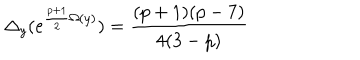
LaTeX: \Delta _ { y } ( e ^ { \frac { p + 1 } { 2 } \Omega ( y ) } ) = \frac { ( p + 1 ) ( p - 7 ) } { 4 ( 3 - p ) }